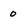
Character: O